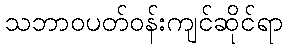
သဘာဝပတ်ဝန်းကျင်ဆိုင်ရာ